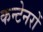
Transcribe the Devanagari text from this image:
कन्टेनरों